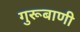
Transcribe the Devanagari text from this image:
गुरूबाणी